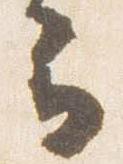
云